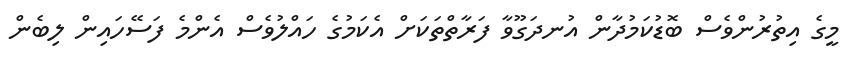
މީގެ އިތުރުންވެސް ބޮޑުކަމުދާން އުނދަގޫވާ ފަރާތްތަކަށް އެކަމުގެ ހައްލުވެސް އެންމެ ފަސޭހައިން ލިބެން